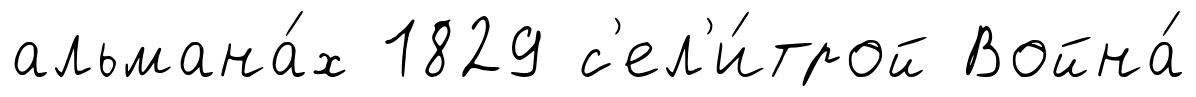
альмана́х 1829 с'ел'и́трой Война́